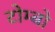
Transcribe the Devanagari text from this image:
टोम्बो